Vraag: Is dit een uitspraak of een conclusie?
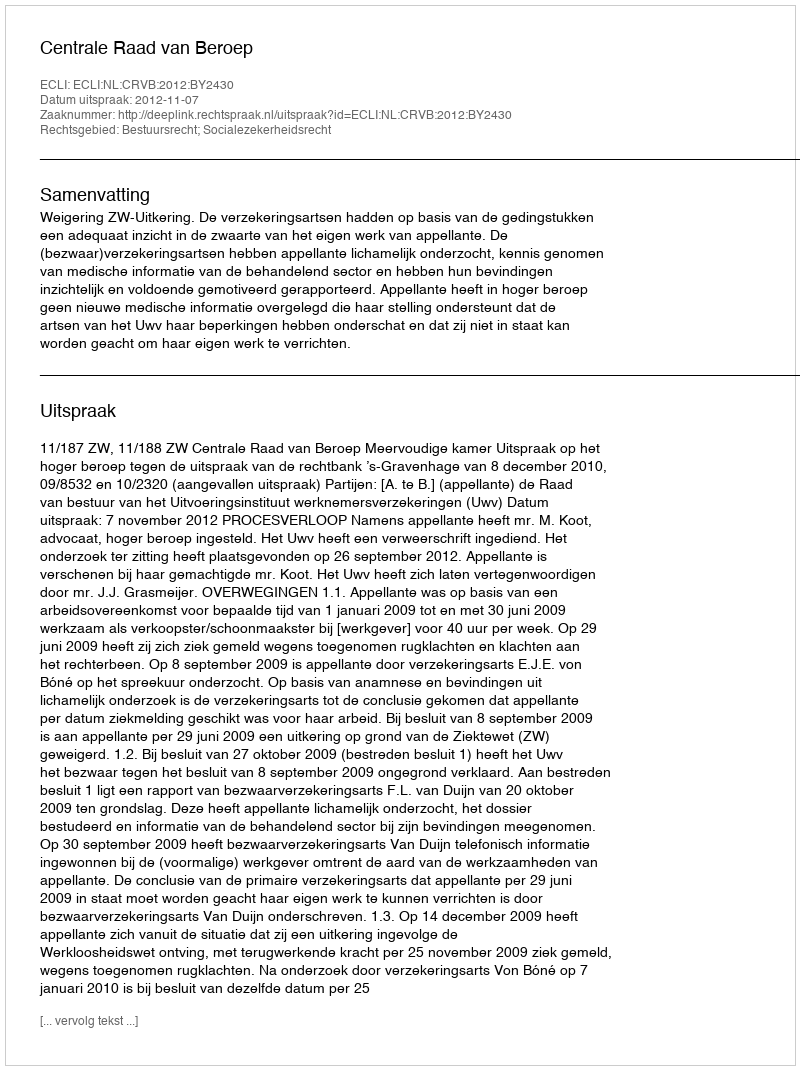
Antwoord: Uitspraak